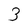
Character: 3